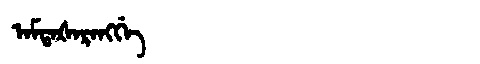
Manchu: ᠠᠮᡨᠠᡧᠠᡵᠠᠩᡤᡝ
Romanization: AMTAŠARANGGE